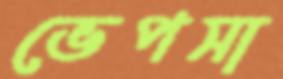
ভেপসা